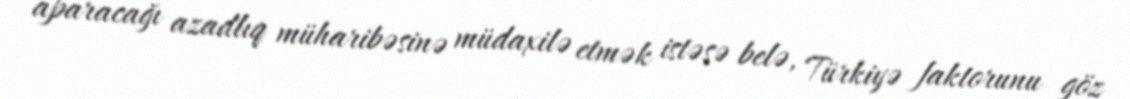
aparacağı azadlıq müharibəsinə müdaxilə etmək istəsə belə, Türkiyə faktorunu göz